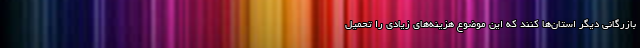
بازرگانی دیگر استان‌ها کنند که این موضوع هزینه‌های زیادی را تحمیل